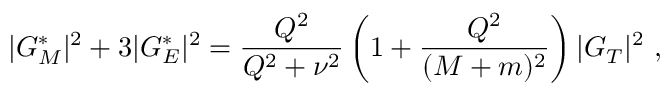
| G _ { M } ^ { * } | ^ { 2 } + 3 | G _ { E } ^ { * } | ^ { 2 } = \frac { Q ^ { 2 } } { Q ^ { 2 } + \nu ^ { 2 } } \left( 1 + \frac { Q ^ { 2 } } { ( M + m ) ^ { 2 } } \right) | G _ { T } | ^ { 2 } \ ,